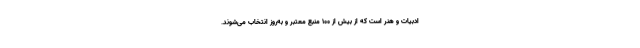
ادبیات و هنر است که از بیش از ۱۰۰ منبع معتبر و به‌روز انتخاب می‌شوند.